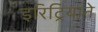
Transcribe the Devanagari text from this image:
इरिट्रियाने